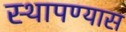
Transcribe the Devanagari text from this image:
स्थापण्यास